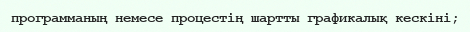
программаның немесе процестің шартты графикалық кескіні;